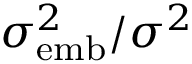
\sigma _ { \mathrm { e m b } } ^ { 2 } / \sigma ^ { 2 }